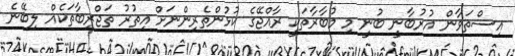
އިސްތަވާން އުރުބާނީ ބުނީ މި މުބާރާތަކީ ރާއްޖޭގެ ކުޅުންތެރިންނަށް އިތުރު ތަޖްރިބާތަކެއް ލިބޭނެ